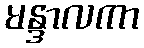
မန္ဒာလကာ